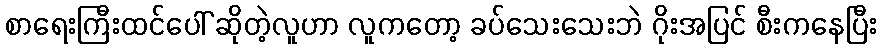
စာရေးကြီးထင်ပေါ် ဆိုတဲ့လူဟာ လူကတော့ ခပ်သေးသေးဘဲ ဂိုးအပြင် စီးကနေပြီး